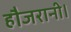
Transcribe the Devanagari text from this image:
हौजरानी।